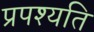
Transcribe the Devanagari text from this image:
प्रपश्यति